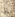
إلى